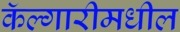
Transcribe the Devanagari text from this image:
कॅल्गारीमधील